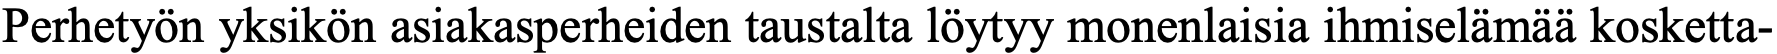
Perhetyön yksikön asiakasperheiden taustalta löytyy monenlaisia ihmiselämää kosketta-